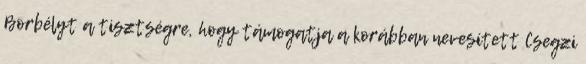
Borbélyt a tisztségre, hogy támogatja a korábban nevesített Csegzi